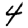
Digit: 4